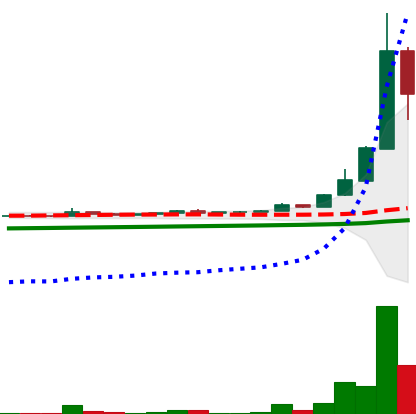
Ticker: DOGE-USD
Chart end date: 2021-04-17
Forward return: -8.166%
Label: down_7plus